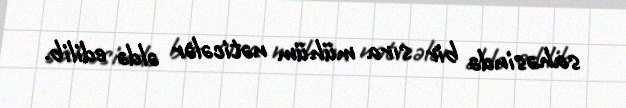
sahəsində bir sıra mühüm nəticələr əldə edilib.